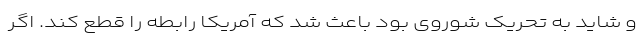
و شاید به تحریک شوروی بود باعث شد که آمریکا رابطه را قطع کند. اگر